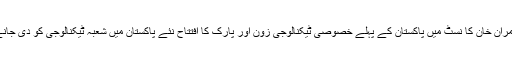
انھوں نے مزید لکھا کہ وزیر اعظم عمران خان کا نسٹ میں پاکستان کے پہلے خصوصی ٹیکنالوجی زون اور پارک کا افتتاح نئے پاکستان میں شعبہ ٹیکنالوجی کو دی جانے والی خصوصی اہمیت کا مظہر ہے۔